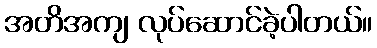
အတိအကျ လုပ်ဆောင်ခဲ့ပါတယ်။